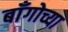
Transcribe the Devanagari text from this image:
बाँगोच्या